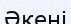
Әкені